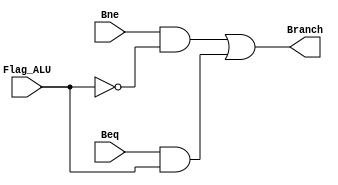
/*******************************************************************************
*Name:

*******************************************************************************/
module Branches

//Input ports 
(
	input Beq,
	input Bne,
	input Flag_ALU,

//Output ports 

	output Branch
);

/*******************************************************************************
*												CODE  															
*******************************************************************************/

wire BeqAnd_wire;
wire BneAnd_wire;

assign BeqAnd_wire = Beq & Flag_ALU;
assign BneAnd_wire = Bne & ~Flag_ALU;

assign Branch = BneAnd_wire | BeqAnd_wire; 

endmodule